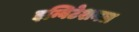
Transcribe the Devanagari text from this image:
इन्विटेशनल